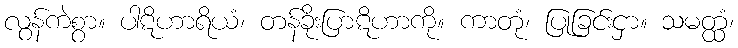
လွန်ကဲစွာ။ ပါဋိဟာရိယံ၊ တန်ခိုးပြာဋိဟာကို။ ကာတုံ၊ ပြုခြင်းငှာ။ သမတ္ထံ၊